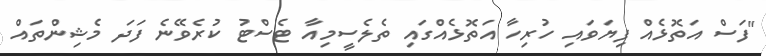
"ފަސް އަތޮޅެއް ފިޔަވައި ހުރިހާ އަތޮޅެއްގައި ތެލެސީމިއާ ޓެސްޓު ކުރެވޭނެ ފަދަ މެޝިންތައް